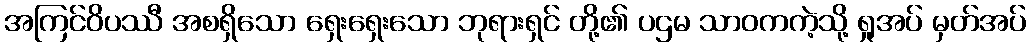
အကြင်ဝိပဿီ အစရှိသော ရှေးရှေးသော ဘုရားရှင် တို့၏ ပဌမ သာဝကကဲ့သို့ ရှုအပ် မှတ်အပ်